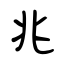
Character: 兆